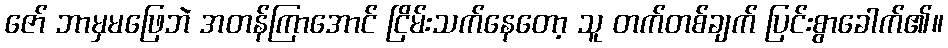
ဇော် ဘာမှမဖြေဘဲ အတန်ကြာအောင် ငြိမ်းသက်နေတော့ သူ တက်တစ်ချက် ပြင်းစွာခေါက်၏။